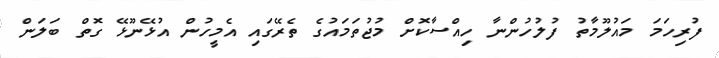
ފުރިހަމަ މައުލޫމާތު ފުލުހުންނާ ހިއްސާކޮށް މުޖުތަމައުގެ ތެރޭގައި އެމީހުން އުޅޭނޫޅޭ ގޮތް ބަލަން